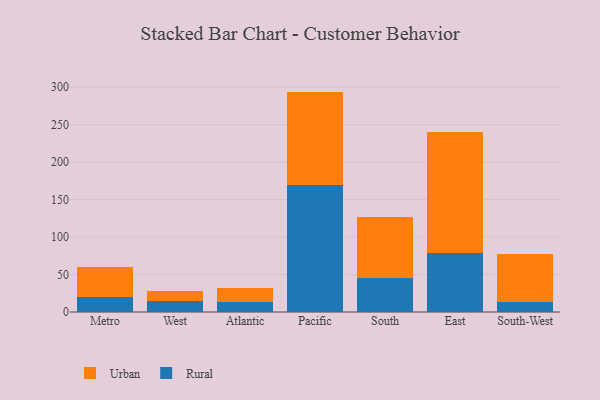
{"axis": {"x": "Region", "y": "Backlog"}, "legend": ["Rural", "Urban"], "data": [{"x": "Metro", "y": 19.6, "type": "Rural"}, {"x": "Metro", "y": 40.7, "type": "Urban"}, {"x": "West", "y": 14.6, "type": "Rural"}, {"x": "West", "y": 13.0, "type": "Urban"}, {"x": "Atlantic", "y": 13.7, "type": "Rural"}, {"x": "Atlantic", "y": 17.9, "type": "Urban"}, {"x": "Pacific", "y": 170.1, "type": "Rural"}, {"x": "Pacific", "y": 124.1, "type": "Urban"}, {"x": "South", "y": 45.3, "type": "Rural"}, {"x": "South", "y": 81.9, "type": "Urban"}, {"x": "East", "y": 79.2, "type": "Rural"}, {"x": "East", "y": 160.7, "type": "Urban"}, {"x": "South-West", "y": 12.7, "type": "Rural"}, {"x": "South-West", "y": 65.0, "type": "Urban"}]}